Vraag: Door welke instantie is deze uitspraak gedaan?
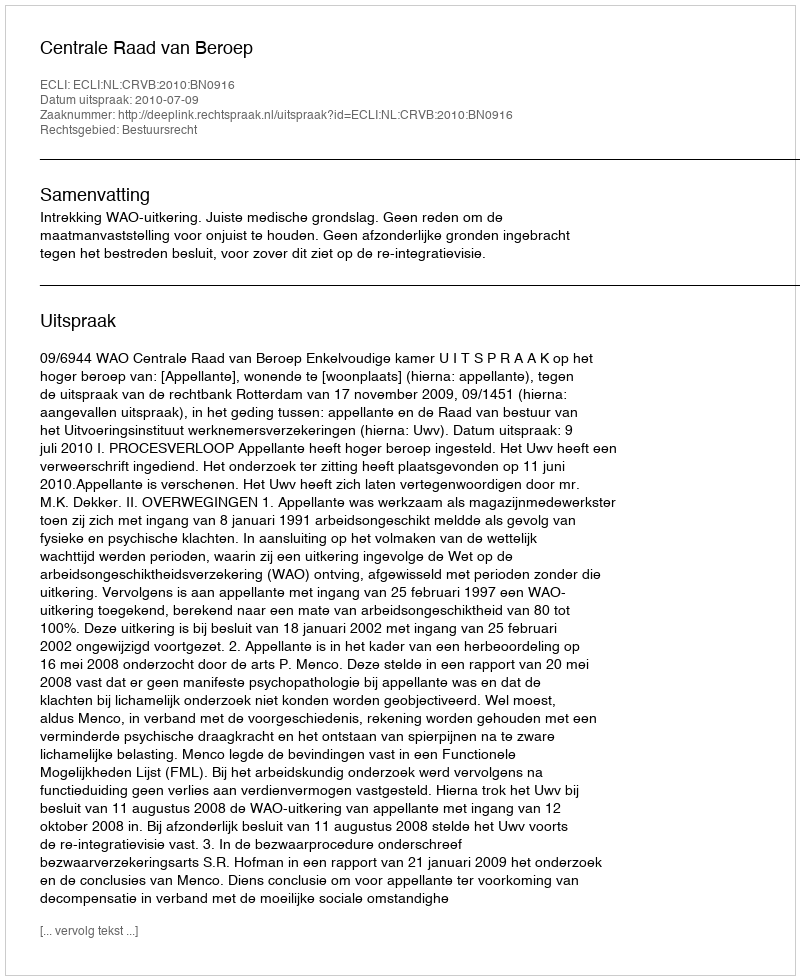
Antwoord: Centrale Raad van Beroep